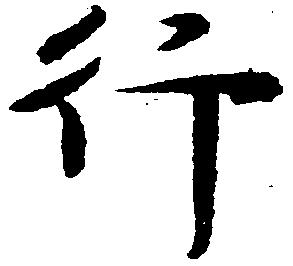
行